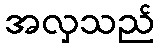
အလှသည်